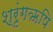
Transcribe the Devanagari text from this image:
श्रृंगऋषि